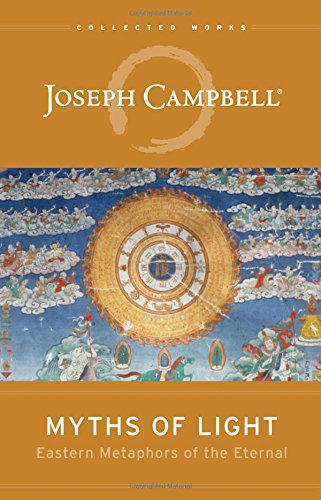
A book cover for Myths of Light: Eastern Metaphors of the Eternal (The Collected Works of Joseph Campbell); Joseph Campbell; Religion & Spirituality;